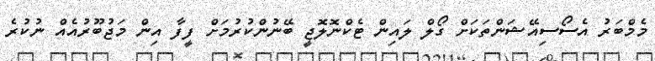
މެމްބަރު އެސޯސިއޭޝަންތަކަށް ގޯލް ލައިން ޓެކްނޮލޮޖީ ބޭނުންކުރުމަށް ފީފާ އިން މަޖުބޫރުއެއް ނުކުރެ